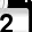
Digit: 2